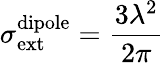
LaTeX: \sigma_{\mathrm{ext}}^{\mathrm{dipole}}=\frac{3\lambda^{2}}{2\pi}